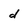
Character: d